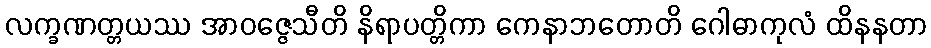
လက္ခဏတ္တယဿ အာဝဇ္ဇေသီတိ နိရာပတ္တိကာ ကေနာဘတောတိ ဂေါဓာကုလံ ထိနနတာ